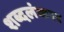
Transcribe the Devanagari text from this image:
शब्दलंकार